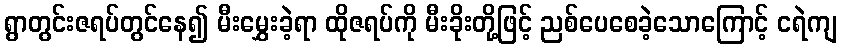
ရွာတွင်းဇရပ်တွင်နေ၍ မီးမွှေးခဲ့ရာ ထိုဇရပ်ကို မီးခိုးတို့ဖြင့် ညစ်ပေစေခဲ့သောကြောင့် ငရဲကျ